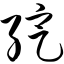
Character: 绽